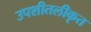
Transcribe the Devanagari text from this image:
उपशीतलीकृत